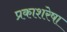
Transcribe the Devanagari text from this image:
प्रकाशरेषा